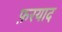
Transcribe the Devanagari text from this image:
फ़रयाद